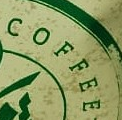
COFFEE